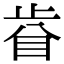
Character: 𥅵